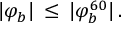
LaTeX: | \varphi _ { b } | \, \leq \, | \varphi _ { b } ^ { 6 0 } | \, .